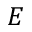
{ \cal E }